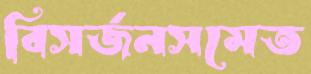
বিসর্জনসমেত